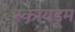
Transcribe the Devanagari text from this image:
स्कायडूम